Civil Veterinary Department Bengal reports 1923-33 - 1923-1933
Year: 1923
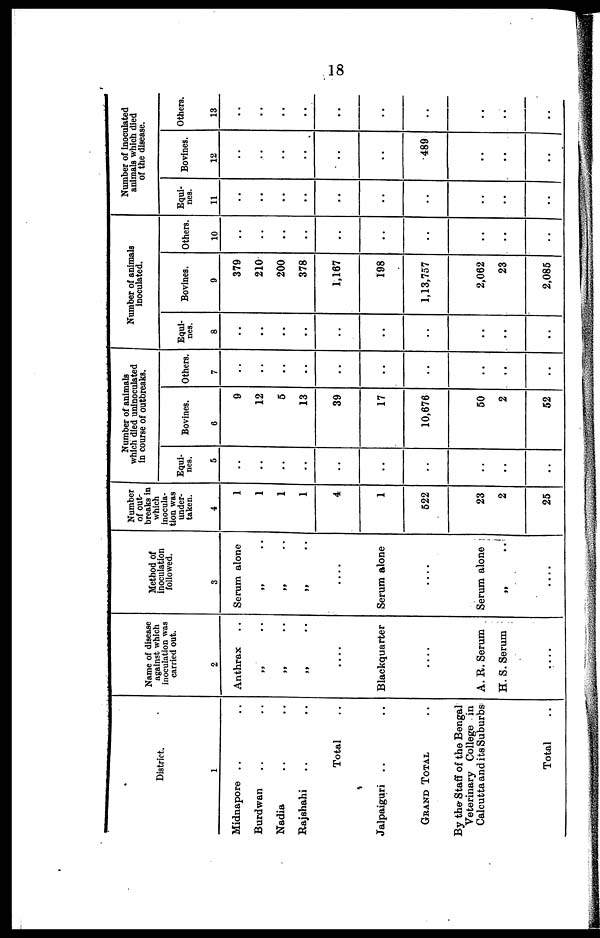
18
District.
1
Midnapore .. ..
Burdwan .. ..
Nadia .. ..
Rajshahi .. ..
Total ..
Jalpaiguri .. ..
Grand Total ..
By the Staff of the Bengal
Veterinary College in
Calcutta and its Suburbs
Total ..
Name of disease
against which
inoculation was
carried out.
2
Anthrax
„ ..
„ ..
„ ..
....
Blackquurter
....
A. R. Serum
H. S. Serum
....
Method of
inoculation
followed.
3
Serum alone
„ ..
„ ..
„ ..
....
Serum alone
....
Serum alone
„ ..
....
Number
of out-
breaks in
which
inocula-
tion was
under-
taken.
4
1
1
1
1
4
1
522
23
2
25
Number of animals
which died uninoculated
in course of outbreaks.
Equi-
nes.
5
...
..
..
..
..
..
..
..
..
..
Bovines.
6
9
12
5
13
39
17
10,676
50
2
52
Others.
7
..
..
..
..
..
..
..
..
..
..
Number of animals
inoculated.
Equl-
nes.
8
..
..
..
..
..
..
..
..
..
..
Bovines.
9
379
210
200
378
1,167
198
1,13,757
2,062
23
2,085
Others.
10
..
..
..
..
..
..
..
..
..
..
Number of inoculated
animals which died
of the disease.
Equl-
nes.
11
..
..
..
..
..
..
..
..
..
..
Bovines.
12
..
..
..
..
..
..
489
..
..
..
Others.
13
..
..
..
..
..
..
..
..
..
..